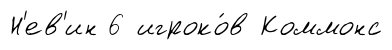
Н'ев'ин 6 игроко́в Коммонс